Punjab Mental Hospital Lahore 1922-31 - 1922-1931
Year: 1922
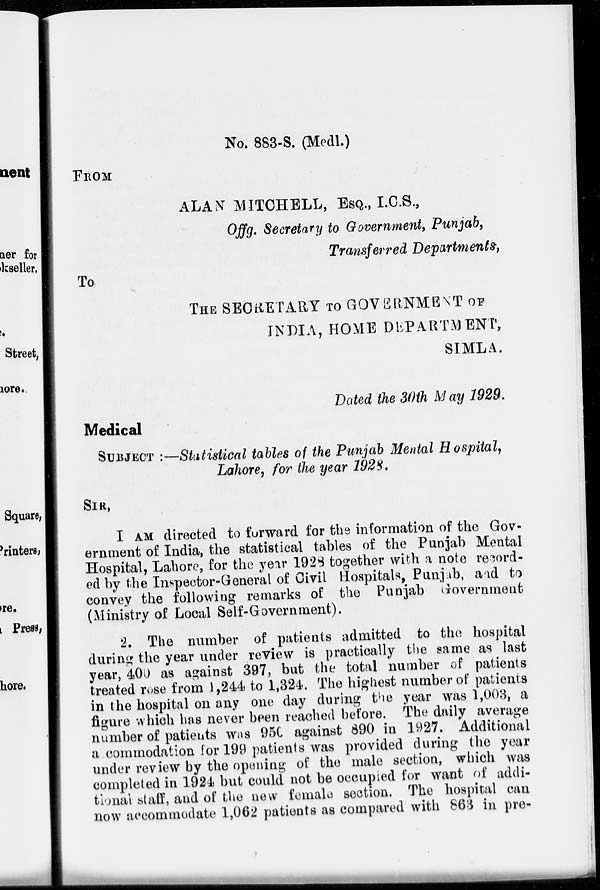
No. 883-S. (Medl.)
FROM
ALAN MITCHELL, ESQ., I.C.S.,
Offg. Secretary to Government, Punjab,
Transferred Departments,
To
THE SECRETARY TO GOVERNMENT OF
INDIA, HOME DEPARTMENT,
SIMLA.
Dated the 30th May 1929.
Medical
SUBJECT :—Statistical tables of the Punjab Mental Hospital,
Lahore, for the year 1928.
SIR,
I AM directed to forward for the information of the Gov-
ernment of India, the statistical tables of the Punjab Mental
Hospital, Lahore, for the year 1928 together with a note record-
ed by the Inspector-General of Civil Hospitals, Punjab, and to
convey the following remarks of the Punjab Government
(Ministry of Local Self-Government).
2. The number of patients admitted to the hospital
during the year under review is practically the same as last
year, 400 as against 397, but the total number of patients
treated rose from 1,244 to 1,324. The highest number of patients
in the hospital on any one day during the year was 1,003, a
figure which has never been reached before. The daily average
number of patients was 950 against 890 in 1927. Additional
accommodation for 199 patients was provided during the year
under review by the opening of the male section, which was
completed in 1924 but could not be occupied for want of addi-
tional staff, and of the new female section. The hospital can
now accommodate 1,062 patients as compared with 863 in pre-